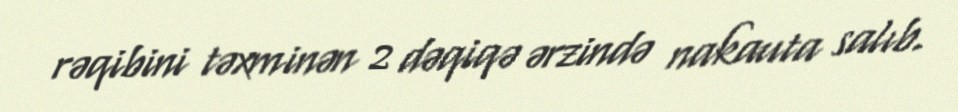
rəqibini təxminən 2 dəqiqə ərzində nakauta salıb.